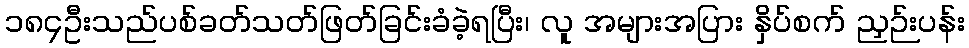
၁၈၄ဦးသည်ပစ်ခတ်သတ်ဖြတ်ခြင်းခံခဲ့ရပြီး၊ လူ အများအပြား နှိပ်စက် ညှဉ်းပန်း